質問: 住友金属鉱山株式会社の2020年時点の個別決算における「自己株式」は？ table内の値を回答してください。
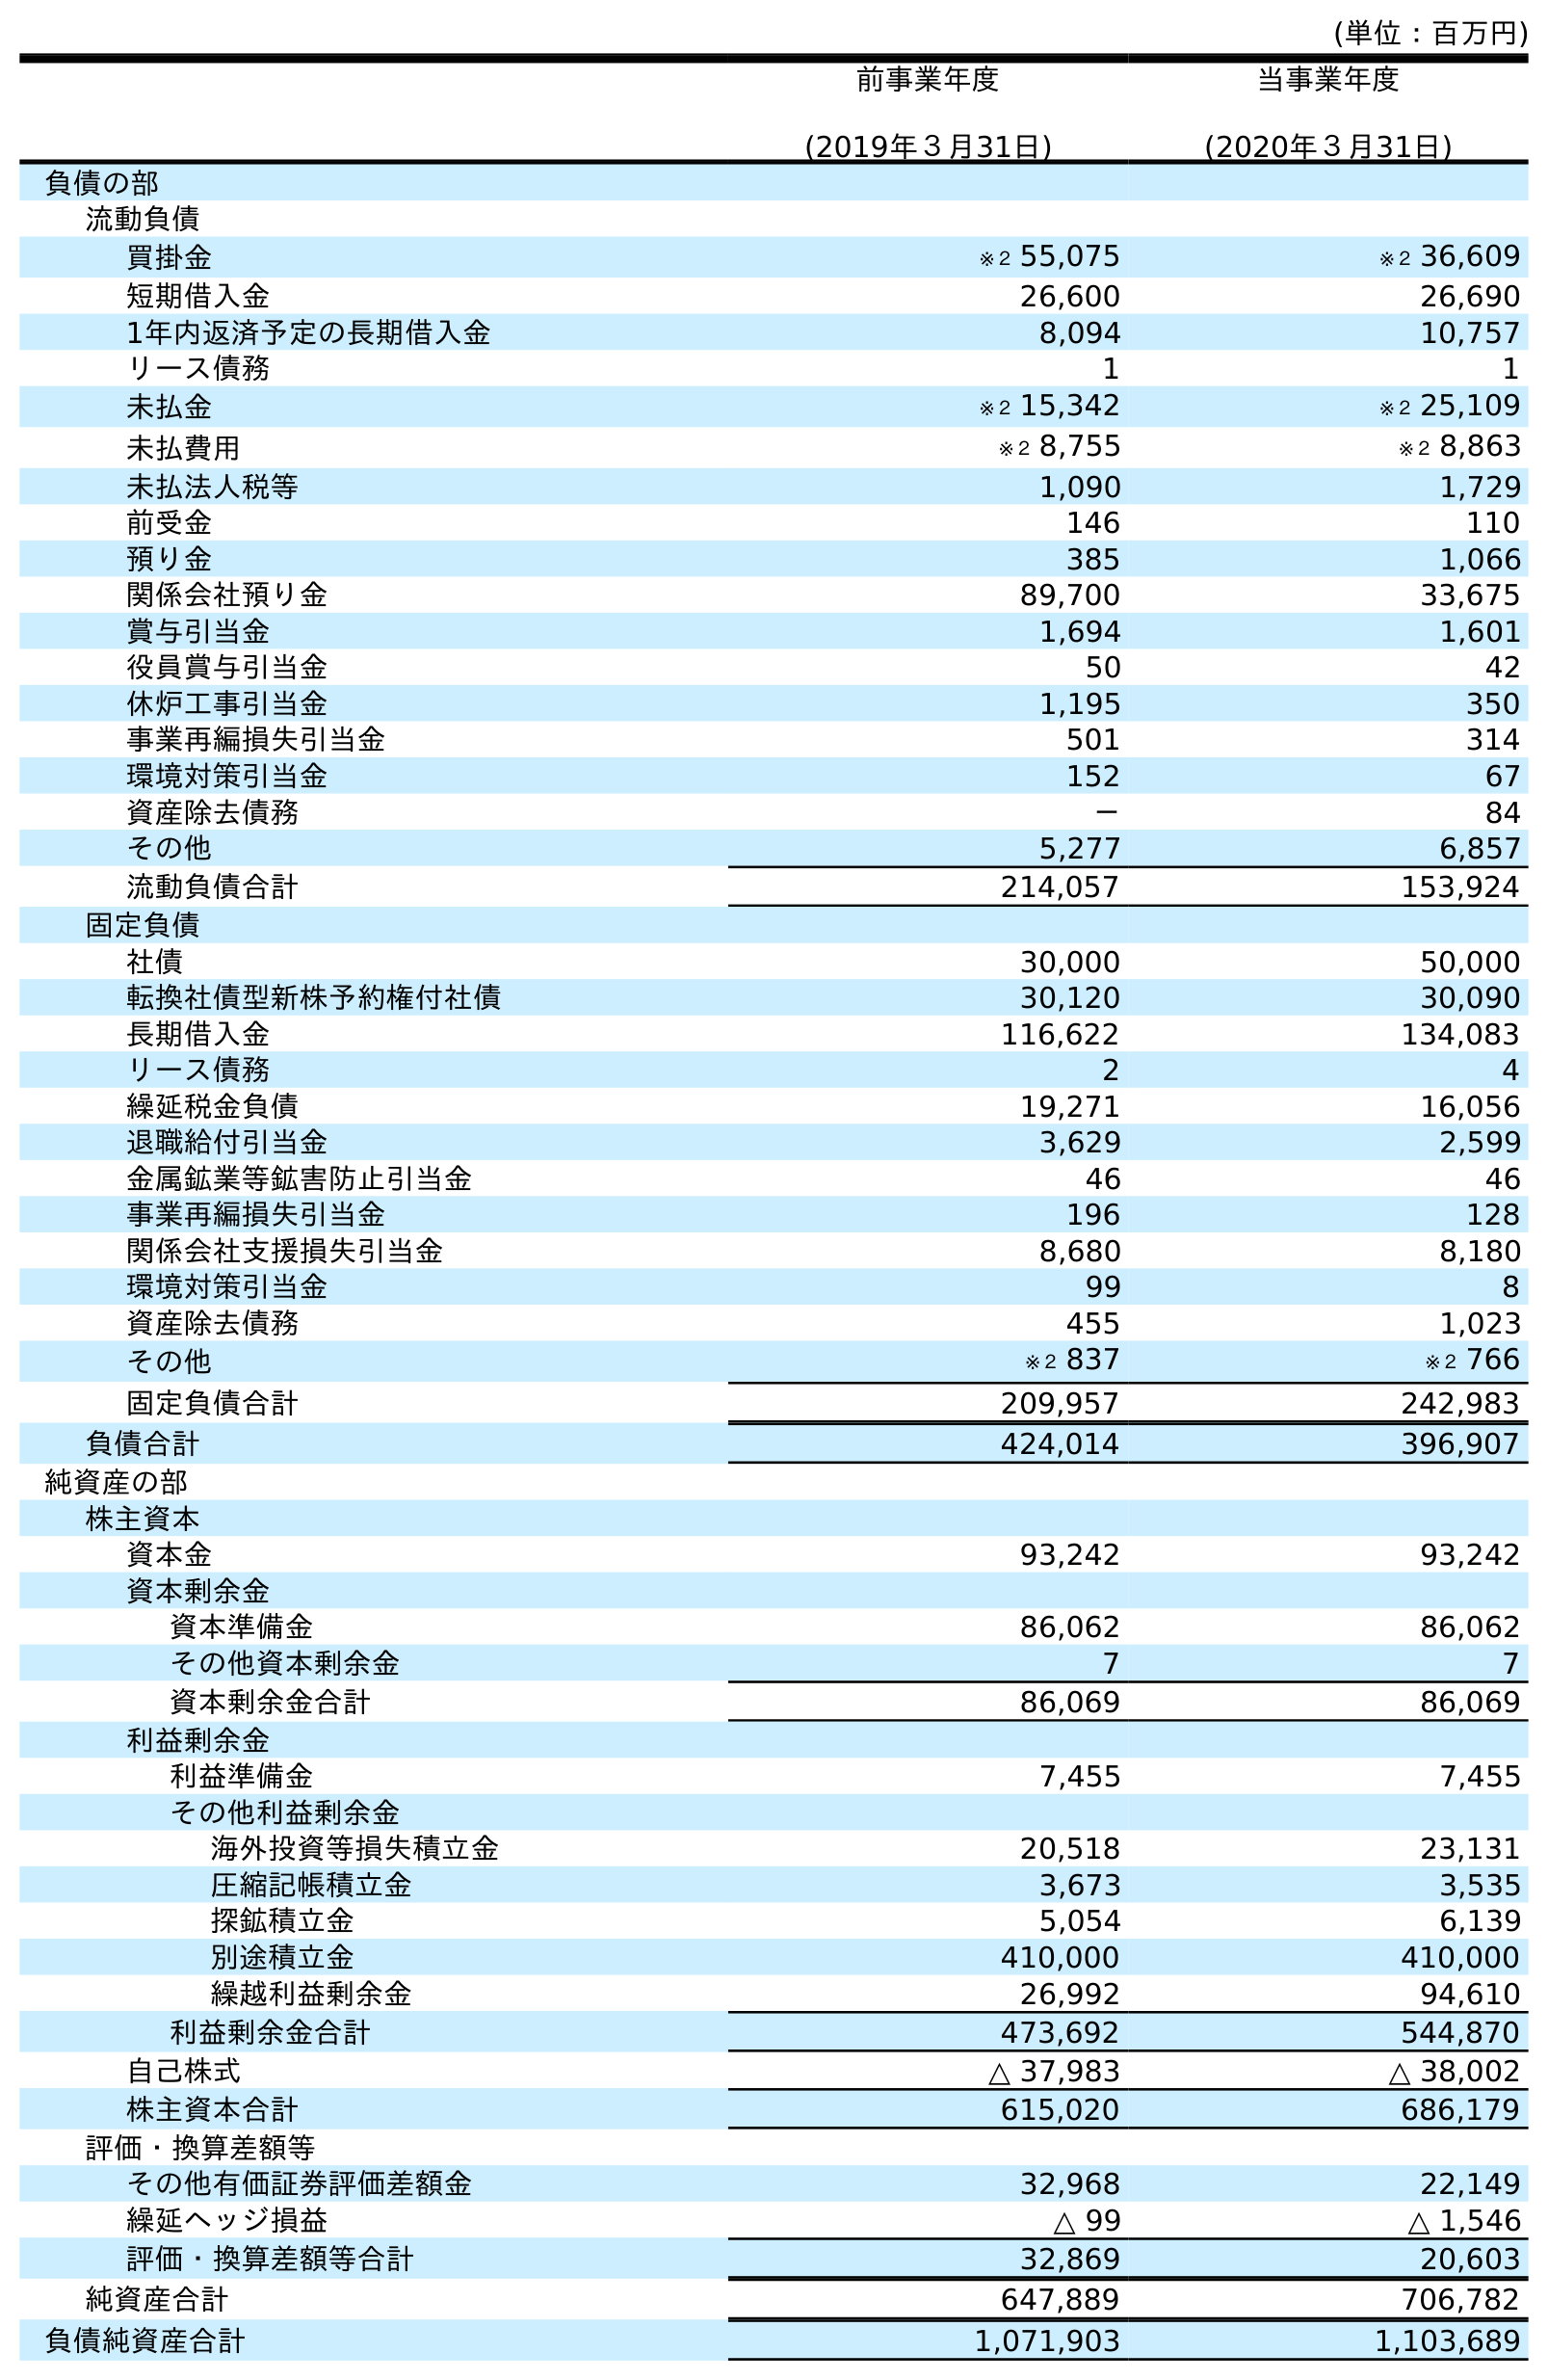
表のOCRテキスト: (単位：百万円) 前事業年度 (2019年３月31日) 当事業年度 (2020年３月31日) 負債の部 流動負債 買掛金 ※２ 55,075 ※２ 36,609 短期借入金 26,600 26,690 1年内返済予定の長期借入金 8,094 10,757 リース債務 1 1 未払金 ※２ 15,342 ※２ 25,109 未払費用 ※２ 8,755 ※２ 8,863 未払法人税等 1,090 1,729 前受金 146 110 預り金 385 1,066 関係会社預り金 89,700 33,675 賞与引当金 1,694 1,601 役員賞与引当金 50 42 休炉工事引当金 1,195 350 事業再編損失引当金 501 314 環境対策引当金 152 67 資産除去債務 － 84 その他 5,277 6,857 流動負債合計 214,057 153,924 固定負債 社債 30,000 50,000 転換社債型新株予約権付社債 30,120 30,090 長期借入金 116,622 134,083 リース債務 2 4 繰延税金負債 19,271 16,056 退職給付引当金 3,629 2,599 金属鉱業等鉱害防止引当金 46 46 事業再編損失引当金 196 128 関係会社支援損失引当金 8,680 8,180 環境対策引当金 99 8 資産除去債務 455 1,023 その他 ※２ 837 ※２ 766 固定負債合計 209,957 242,983 負債合計 424,014 396,907 純資産の部 株主資本 資本金 93,242 93,242 資本剰余金 資本準備金 86,062 86,062 その他資本剰余金 7 7 資本剰余金合計 86,069 86,069 利益剰余金 利益準備金 7,455 7,455 その他利益剰余金 海外投資等損失積立金 20,518 23,131 圧縮記帳積立金 3,673 3,535 探鉱積立金 5,054 6,139 別途積立金 410,000 410,000 繰越利益剰余金 26,992 94,610 利益剰余金合計 473,692 544,870 自己株式 △ 37,983 △ 38,002 株主資本合計 615,020 686,179 評価・換算差額等 その他有価証券評価差額金 32,968 22,149 繰延ヘッジ損益 △ 99 △ 1,546 評価・換算差額等合計 32,869 20,603 純資産合計 647,889 706,782 負債純資産合計 1,071,903 1,103,689
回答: △38,002